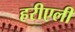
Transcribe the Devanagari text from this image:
हरीएली